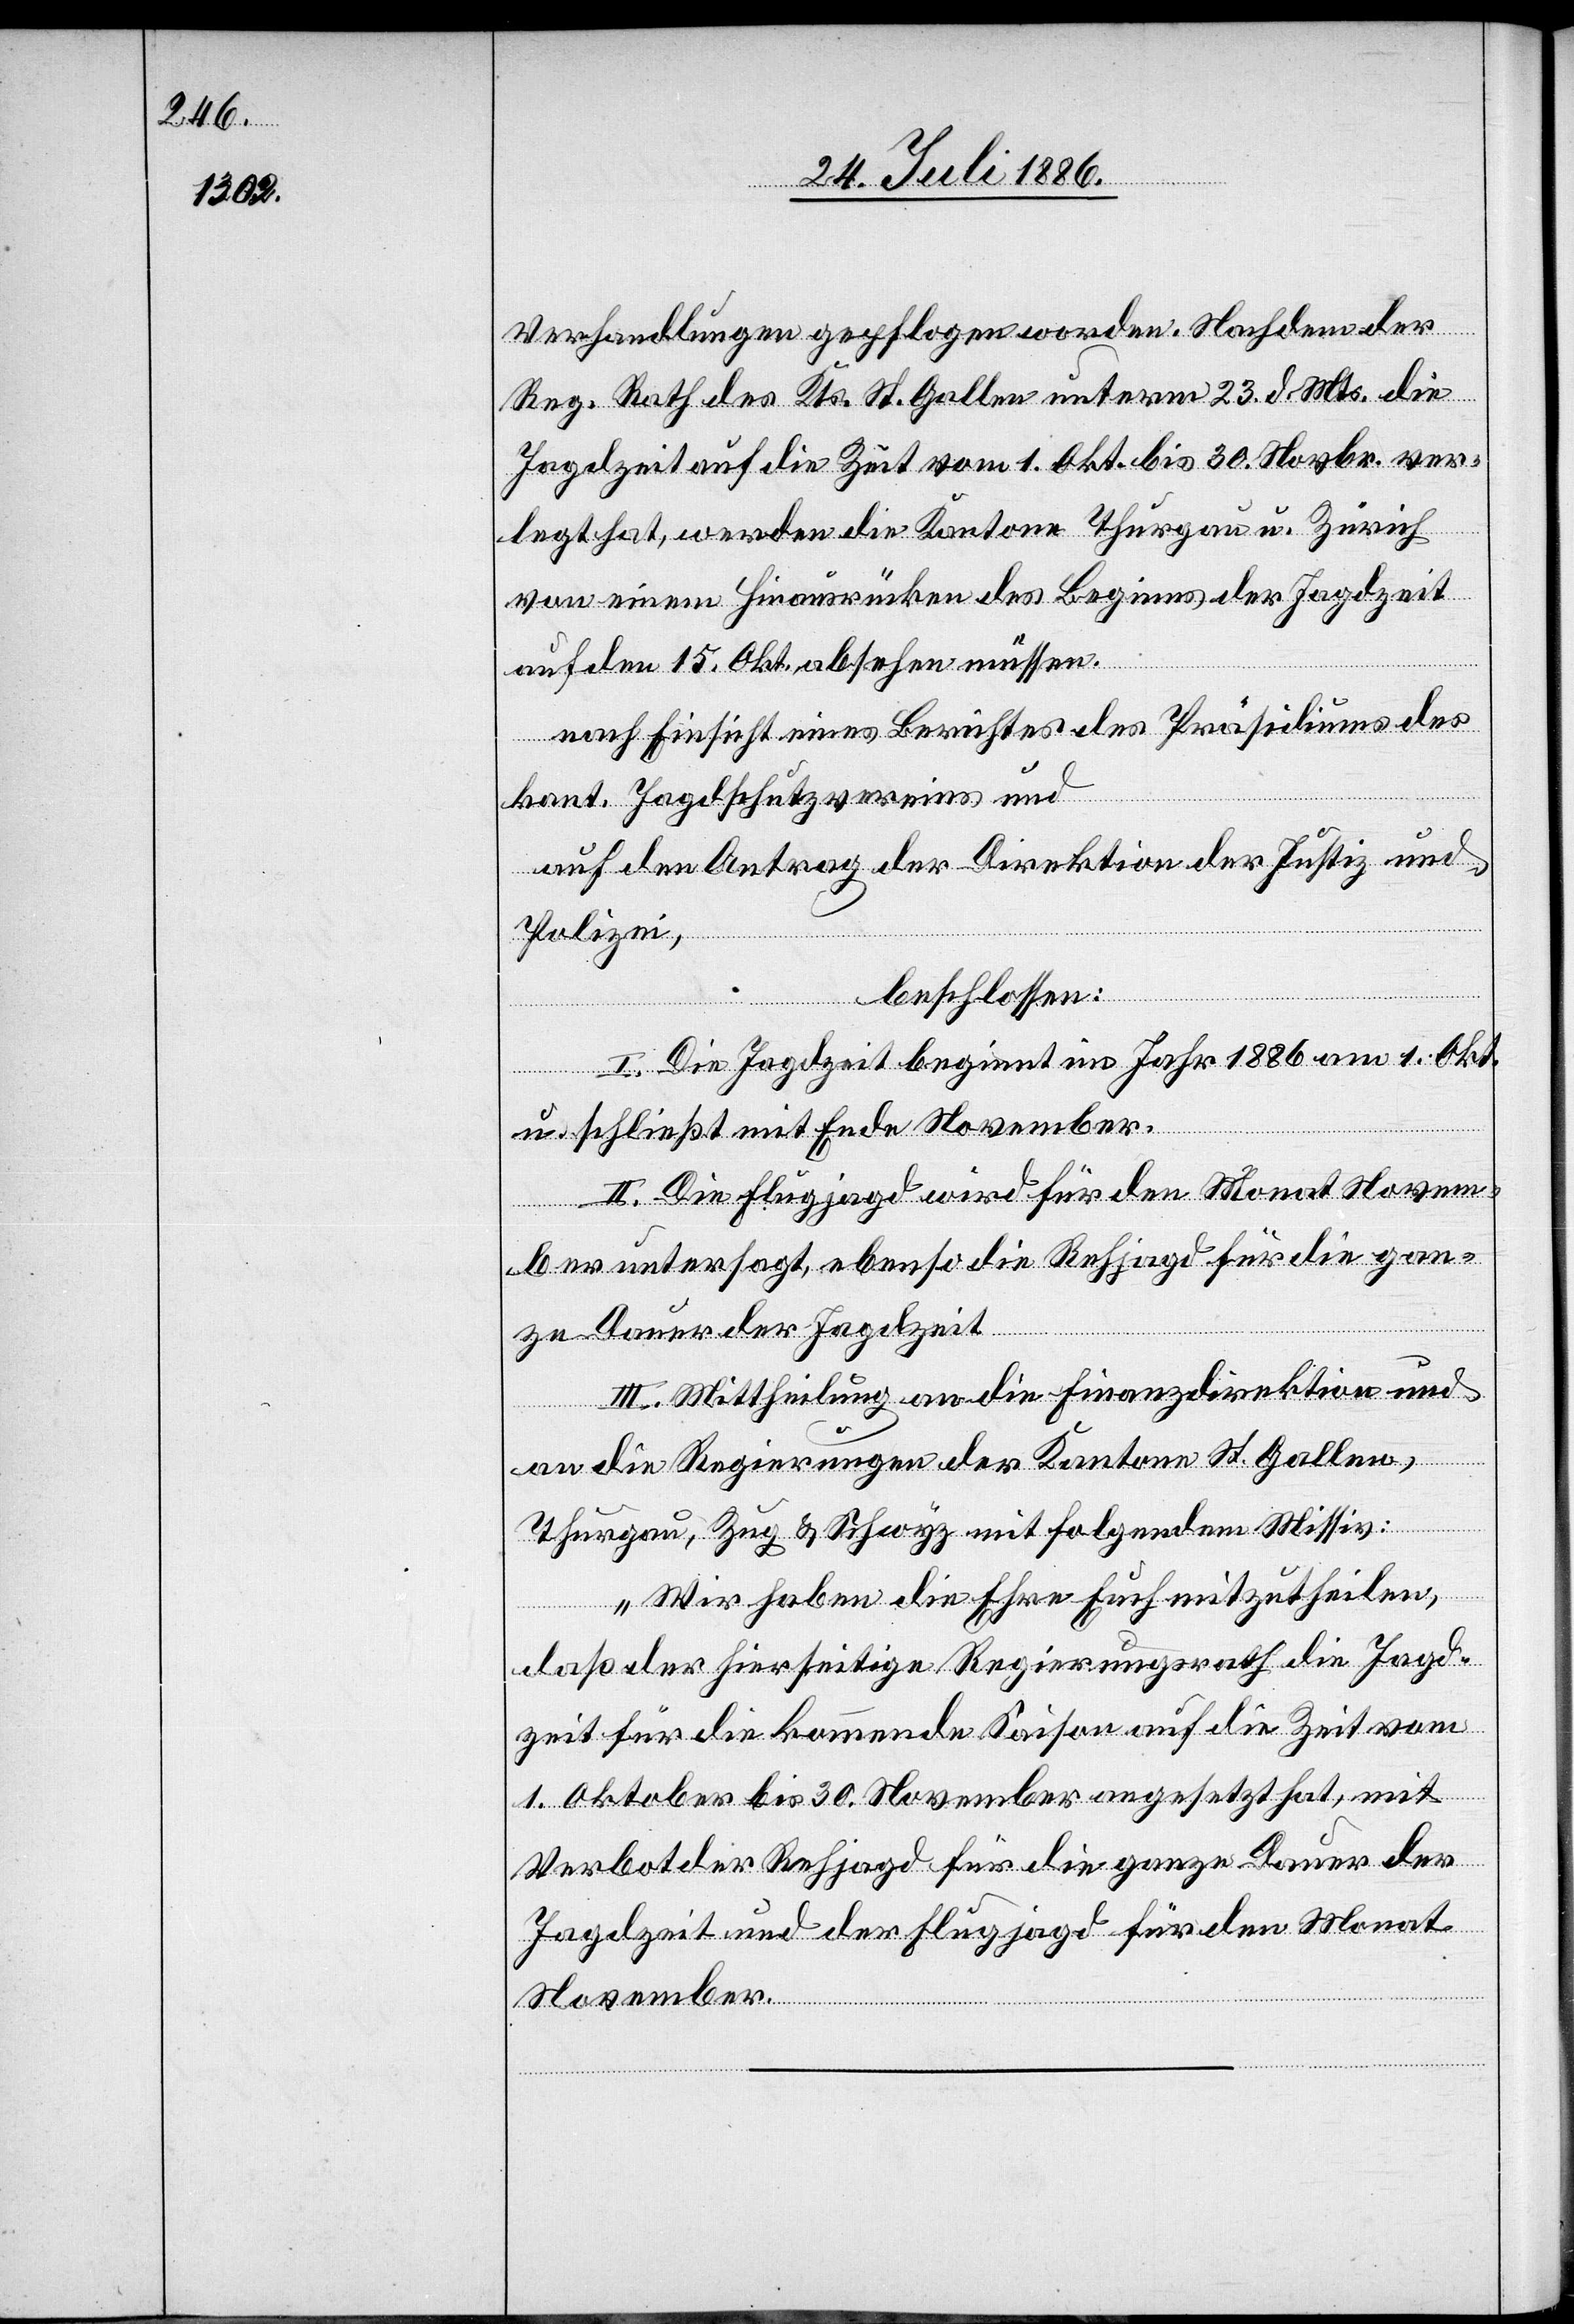
Verhandlungen gepflogen worden. Nachdem der
Reg. Rath des Kts. St. Gallen unterm 23. d. Mts. die
Jagdzeit auf die Zeit vom 1. Okt. bis 30. Novbr. ver¬
legt hat, werden die Kantone Thurgau u. Zürich
von einem Hinausrücken des Beginns der Jagdzeit
auf den 15. Okt. absehen müssen.
nach Einsicht eines Berichtes des Präsidiums des
kant. Jagdschutzvereins und
auf den Antrag der Direktion der Justiz und
Polizei,
beschlossen:
I. Die Jagdzeit bestimmt im Jahr 1886 am 1. Okt.
u. schließt mit Ende November.
II. Die Flugjagd wird für den Monat Novem¬
ber untersagt, ebenso die Rehjagd für die gan¬
ze Dauer der Jagdzeit.
III. Mittheilung an die Finanzdirektion und
an die Regierungen der Kantone St. Gallen,
Thurgau, Zug & Schwyz mit folgendem Missiv:
„Wir haben die Ehre Euch mitzutheilen,
daß der hierseitige Regierungsrath die Jagd¬
zeit für die kommende Saison auf die Zeit vom
1. Oktober bis 30. November angesetzt hat, mit
Verbot der Rehjagd für die ganze Dauer der
Jagdzeit und der Flugjagd für den Monat
November.